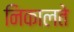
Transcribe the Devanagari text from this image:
निकालते